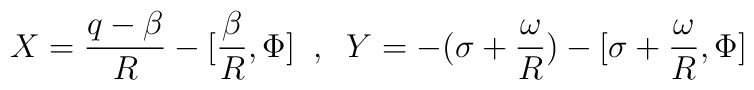
X = \frac{q-\beta}{R} - [\frac{\beta}{R},\Phi] \;\; , \;\;Y = - (\sigma + \frac{\omega}{R}) - [\sigma + \frac{\omega}{R},\Phi]